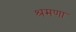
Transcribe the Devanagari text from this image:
श्रमणा